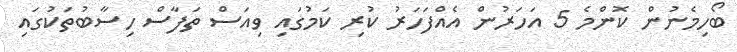
ބޯހިމެނުން ކޮންމެ 5 އަހަރުން އެއްފަހަރު ކުރި ކަމުގައި ވިއަސް ތަފާސް ހިސާބުތަކުގައި